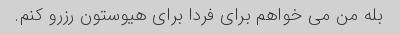
بله من می خواهم برای فردا برای هیوستون رزرو کنم.